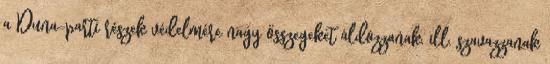
a Duna-parti részek védelmére nagy összegeket áldozzanak, ill. szavazzanak